Bréfritari: Ásgeir Tryggvi Friðgeirsson
Viðtakandi: Einar Friðgeirsson
Dagsetning: A-1892-12-08
Skrifað á: Álftanes  Mýr.
Ásgeir er bróðir Einars

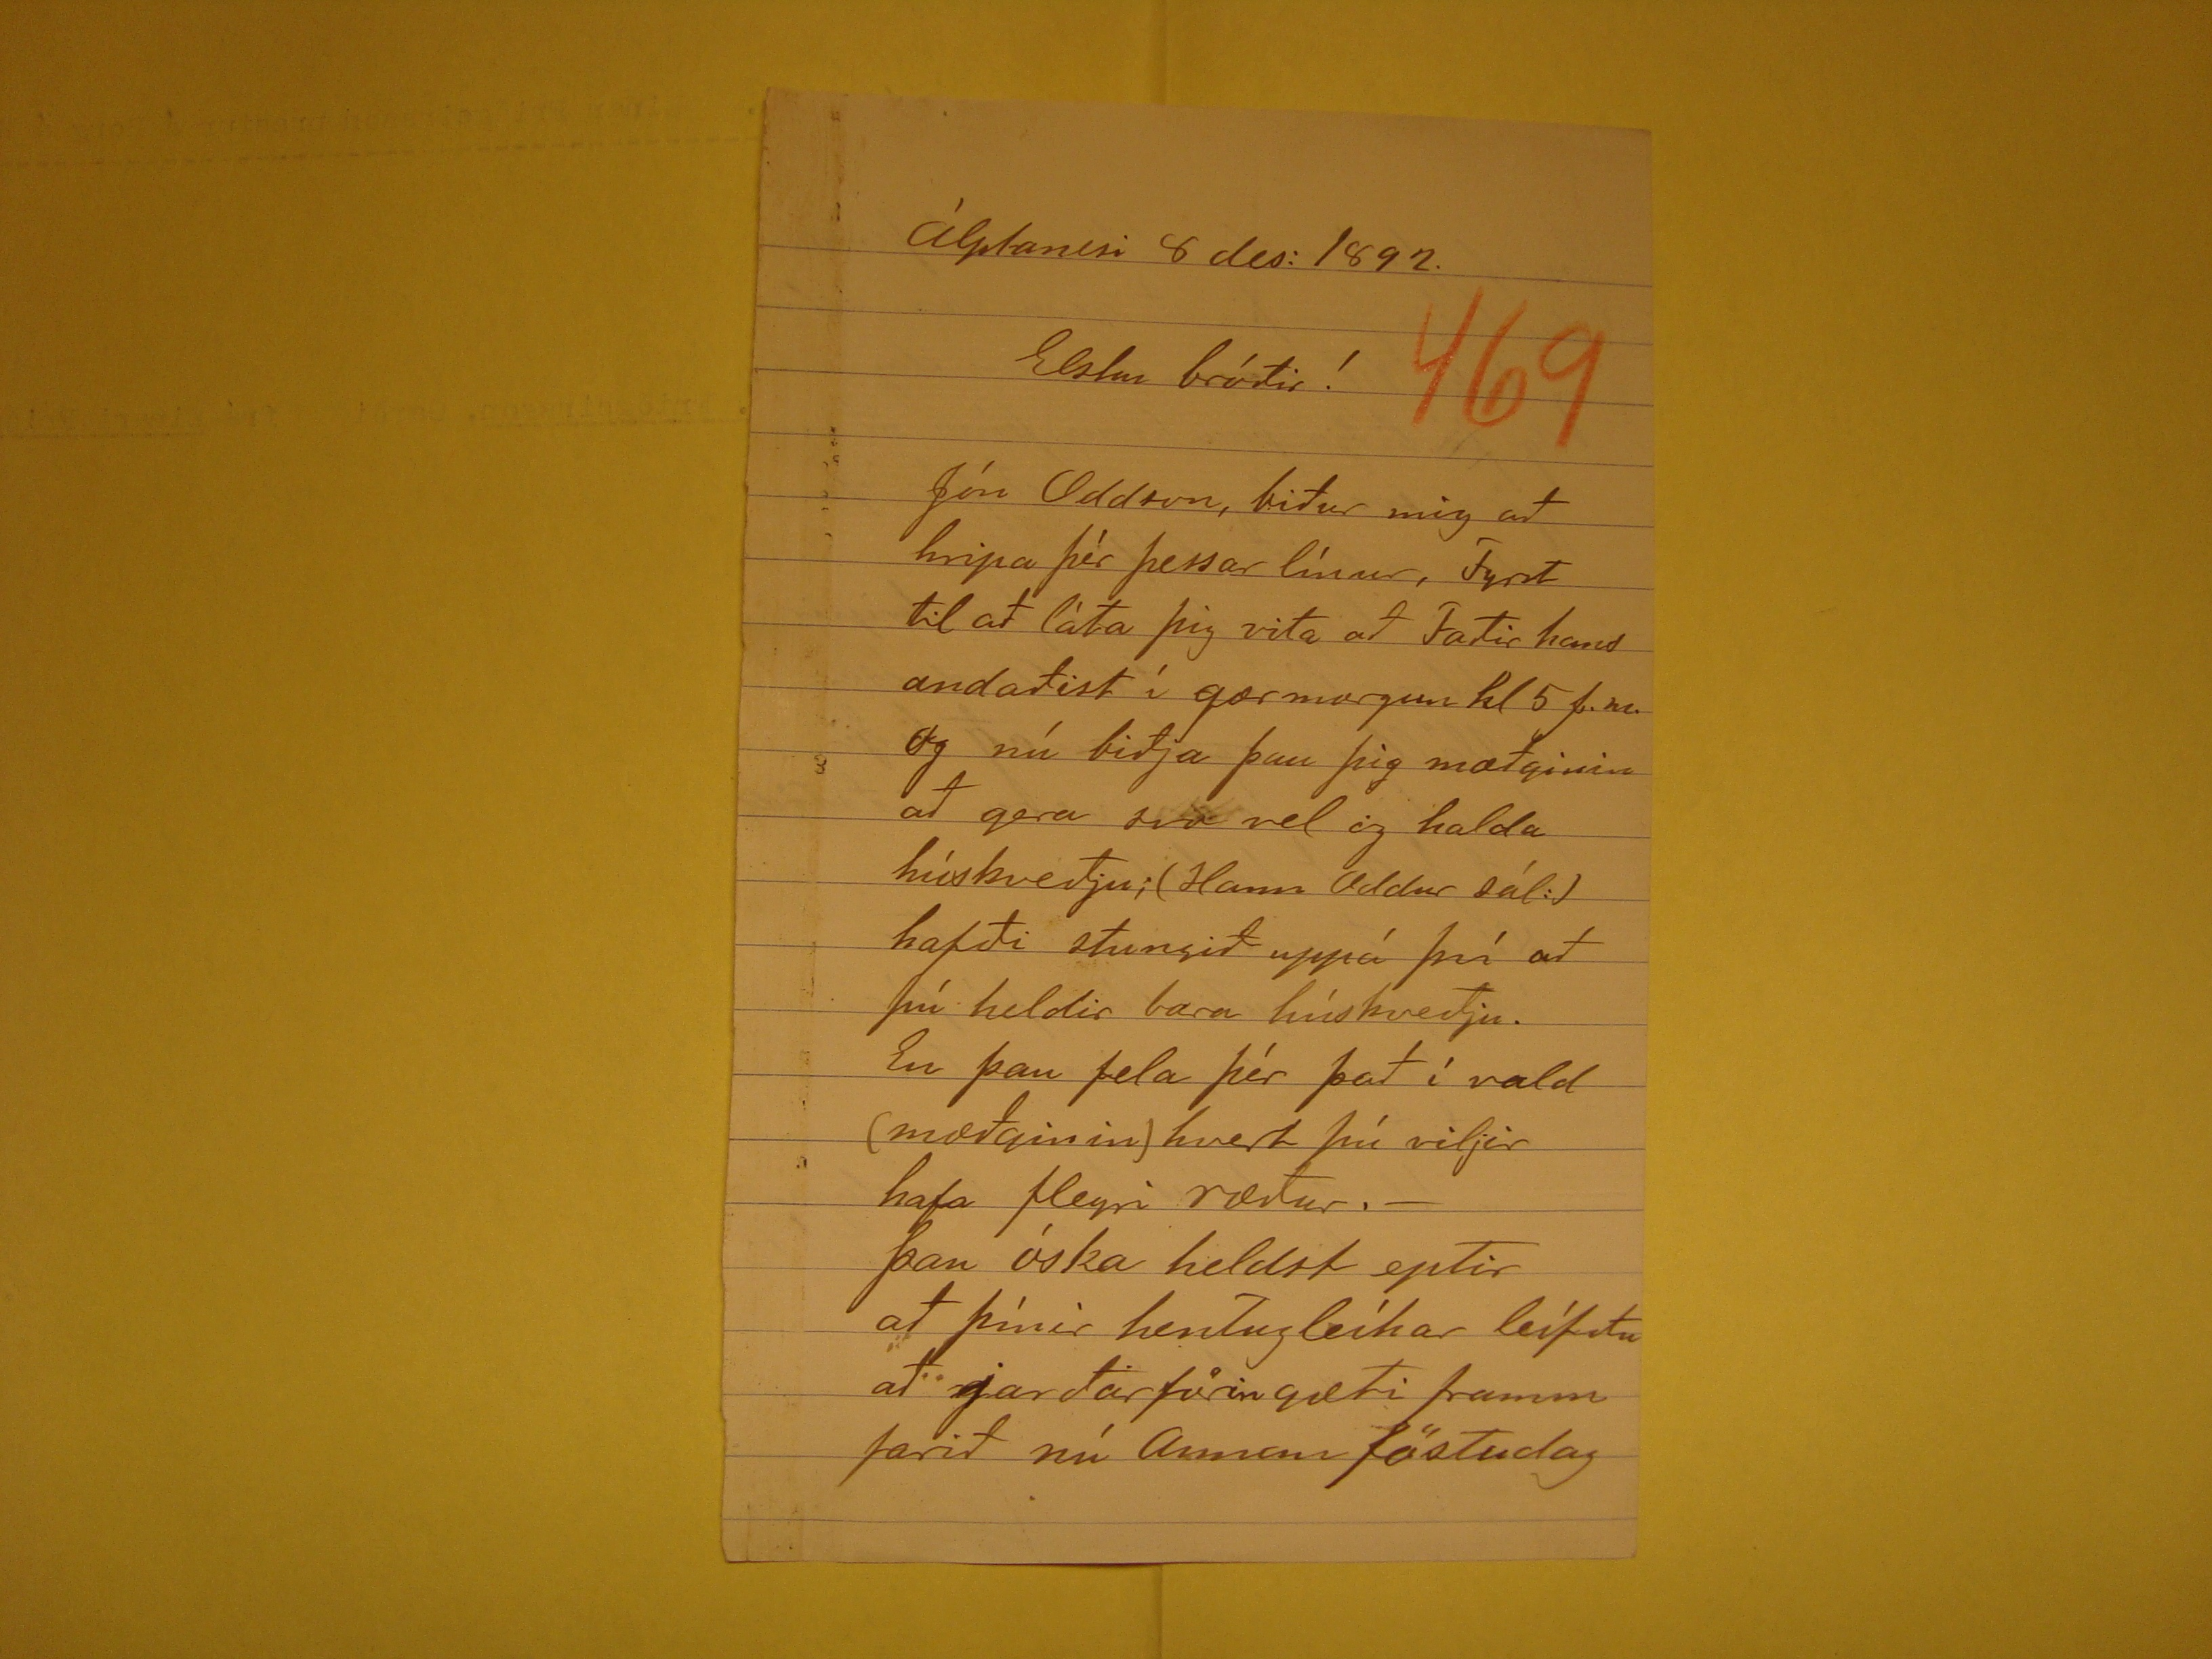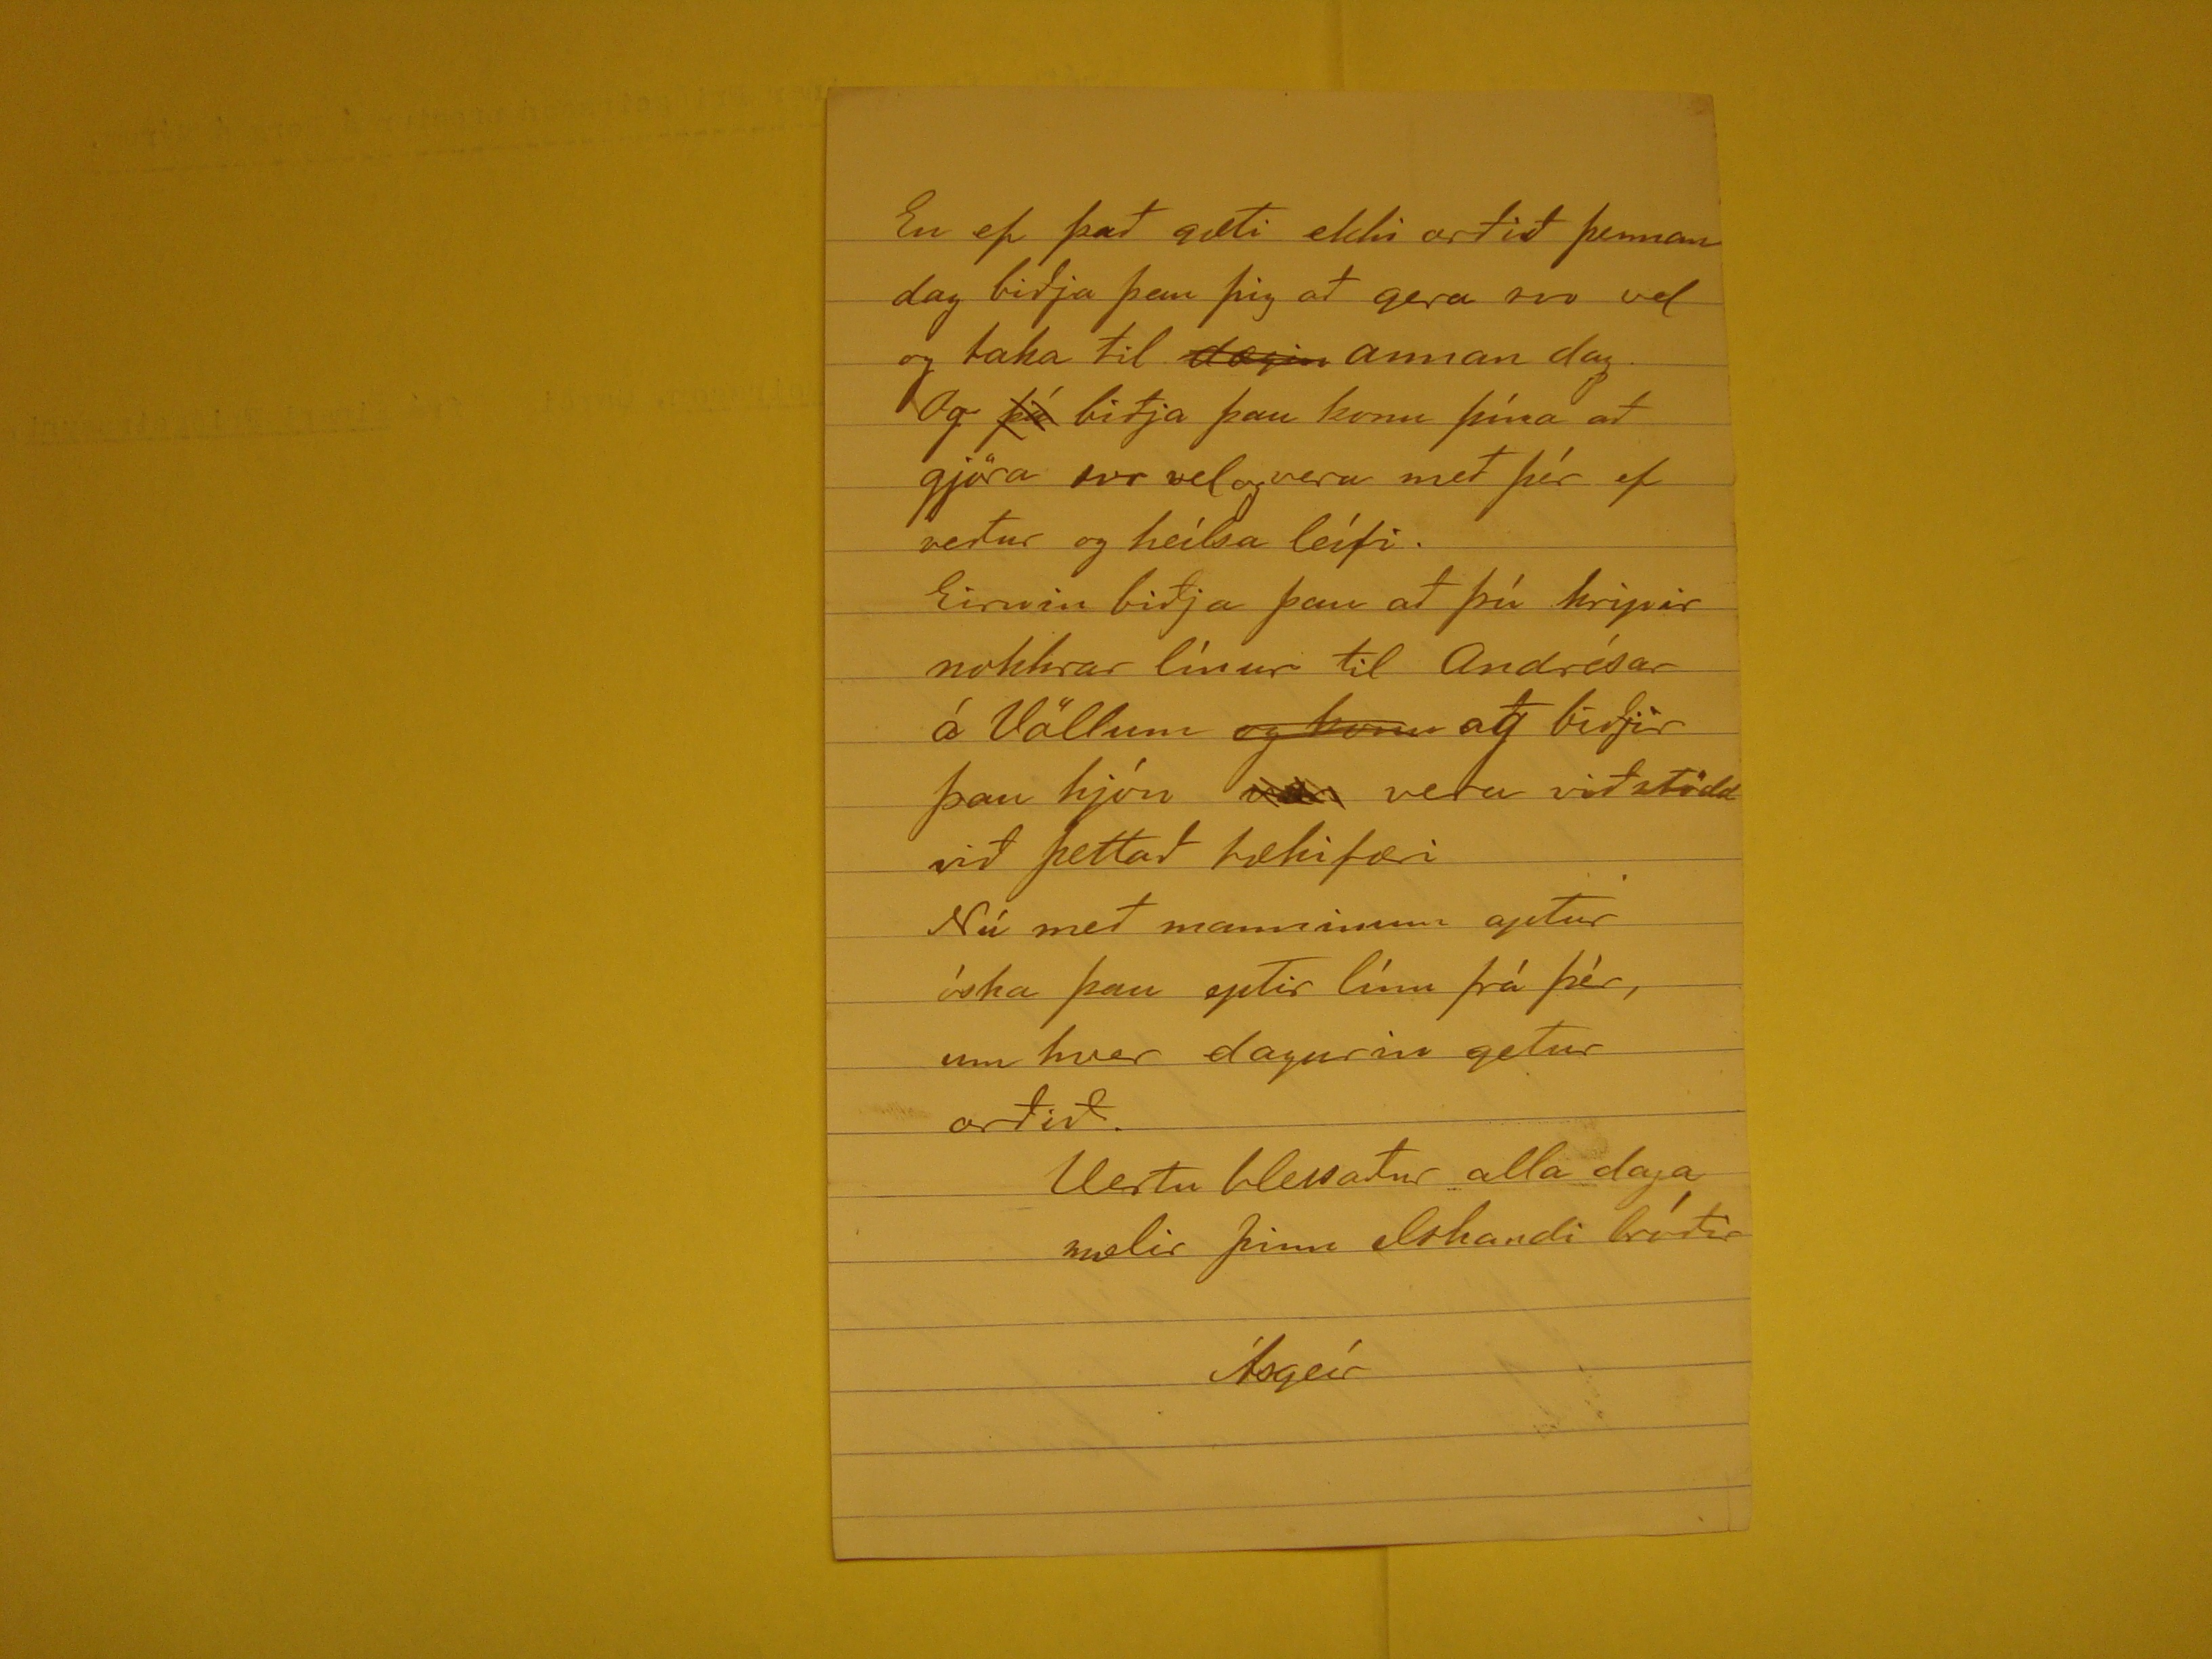

Álptanesi 8 des: 1892.
Elsku bróðir!
Jón Oddson, biður mig að hripa þér þessar línur, Fyrst til að láta þig vita að Faðir hans andaðist í gærmorgun kl 5 f.m. Og nú biðja þau þig mæðginin að gera svo
vel og halda húskveðju; (Hann ODdur sál:) hafði stungið uppá því að þú heldir bara húskveðju. En þau fela þér það í vald (mæðginin) hvert þú viljir hafa fleyri ræður.-
Þau óska heldst eptir að þínir hentugleíkar leífðu að jarðarförin gæti framm farið nú Annan föstudag
En ef það gæti ekki orðið þennan dag biðja þau þig að gera svo vel og taka til
dægin
annan dag Og
rend="overstrike">þá
biðja þau konu þín að gjöra svo vel og vera með þér ef verður og heílsa leífi. Eirnin biðja þau að þú hripir nokkrar línur til Andrésar á
Völlum
og konu
ag biðjir þau hjón
var
vera viðstödd við þettað tækifæri
Nú með manninum aptur óska þau eptir línu frá þér, um hver dagurin getur orðið.
Vertu blessaður alla daga mælir þinn elskandi bróðir
Ásgeír